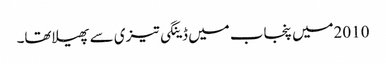
2010میں پنجاب میں ڈینگی تیزی سے پھیلاتھا۔